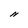
Character: N